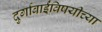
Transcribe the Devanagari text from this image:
दुर्गाबाईंविषयीच्या